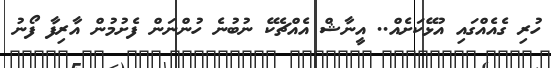
ހުރި ގެއެއްގައި އުޅޭކަށެއް.. އީނާޝް އެއްޗެކޭ ނުބުނެ ހުންނަން ފެށުމުން އާރިފާ ފޯނު